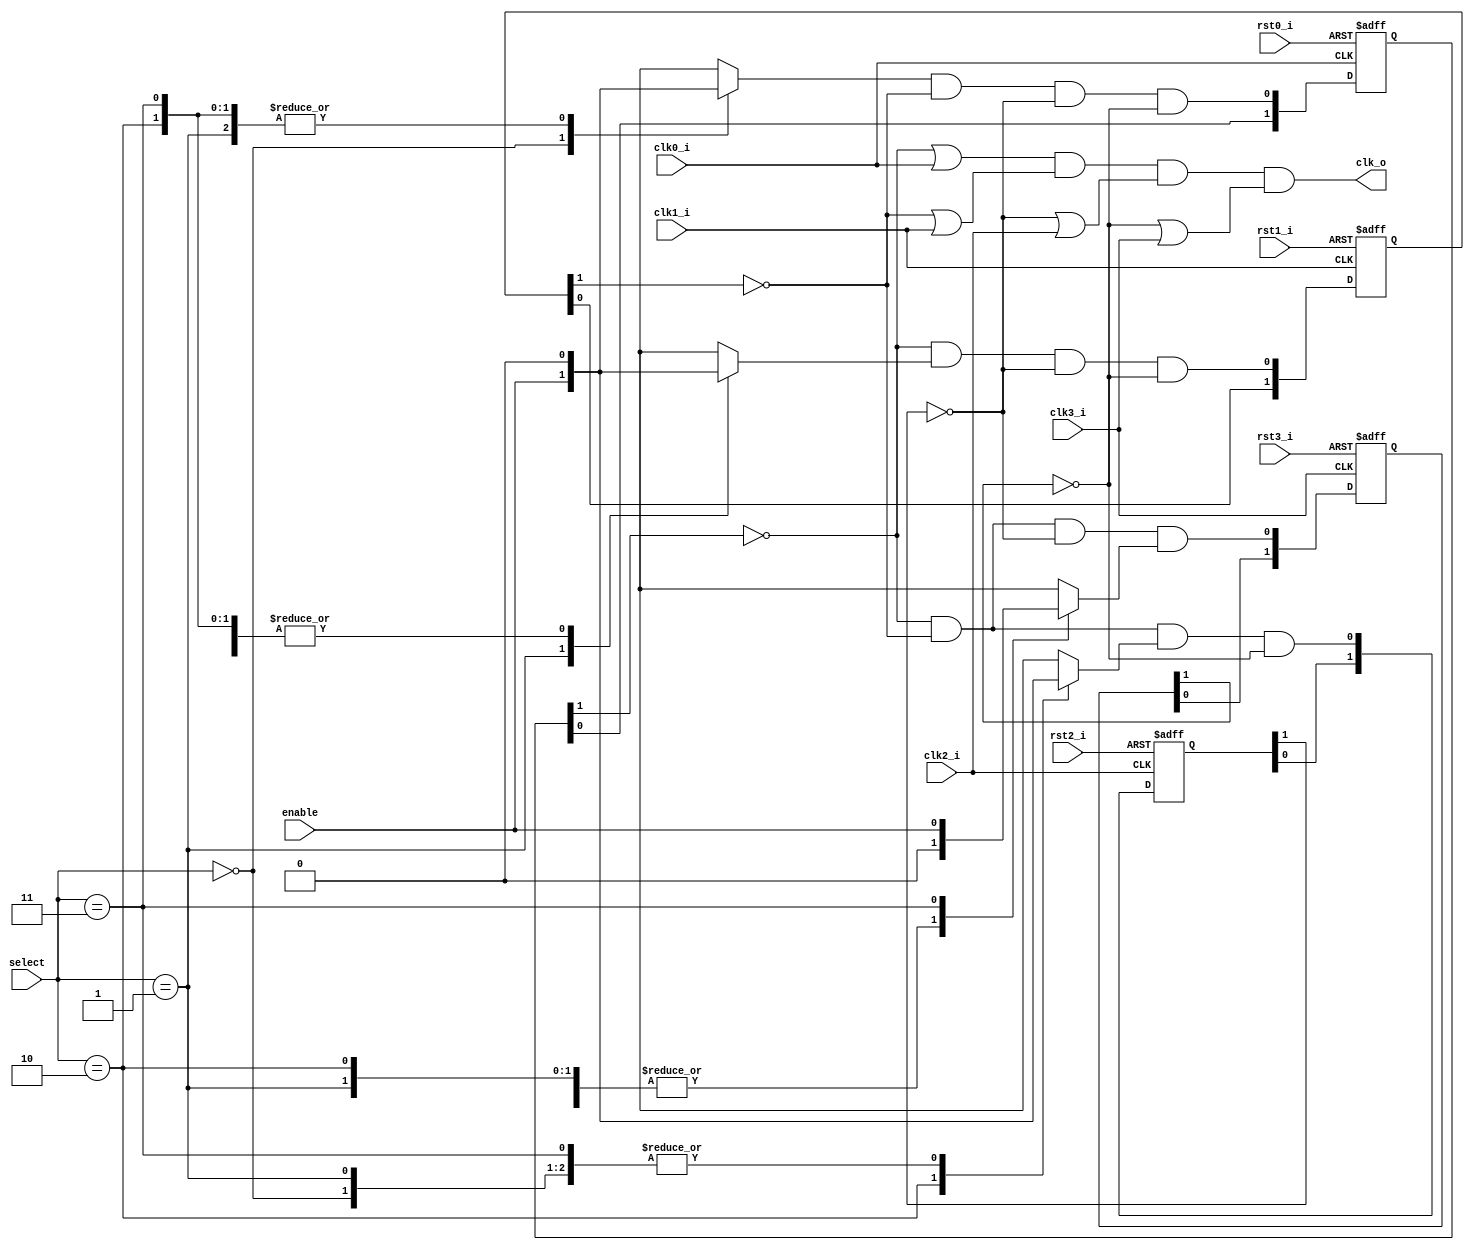
//////////////////////////////////////////////////////////////////////
////                                                              ////
//// clock_switch4_basic.v                                        ////
////                                                              ////
//// This file is part of the boundaries opencores effort.        ////
//// <http://www.opencores.org/cores/boundaries/>                 ////
////                                                              ////
//// Module Description:                                          ////
////                                                              ////
//// 1-of-4 glitchless clock switcher                             ////
////                                                              ////
//// The 4 clocks, enable, and select are assumed to be           ////
//// asynchronous.                                                ////
////                                                              ////
//// Selecting/deselecting a stopped clock is not handled.        ////
////                                                              ////
//// To Do:                                                       ////
//// Verify in silicon.                                           ////
////                                                              ////
//// Author(s):                                                   ////
//// - Shannon Hill                                               ////
//// (based on "Techniques to make clock switching glitch free"   ////
//// By Rafey Mahmud; EEdesign.com June 26, 2003)                 ////
////                                                              ////
//// http://www.eedesign.com/showArticle.jhtml?articleID=16501239 ////
////                                                              ////
//// (modified to use only positive edge flops; stall the output  ////
////  clock high).                                                ////
////                                                              ////
//////////////////////////////////////////////////////////////////////
////                                                              ////
//// Copyright (C) 2004 Shannon Hill and OPENCORES.ORG            ////
////                                                              ////
//// This source file may be used and distributed without         ////
//// restriction provided that this copyright statement is not    ////
//// removed from the file and that any derivative work contains  ////
//// the original copyright notice and the associated disclaimer. ////
////                                                              ////
//// This source file is free software; you can redistribute it   ////
//// and/or modify it under the terms of the GNU Lesser General   ////
//// Public License as published by the Free Software Foundation; ////
//// either version 2.1 of the License, or (at your option) any   ////
//// later version.                                               ////
////                                                              ////
//// This source is distributed in the hope that it will be       ////
//// useful, but WITHOUT ANY WARRANTY; without even the implied   ////
//// warranty of MERCHANTABILITY or FITNESS FOR A PARTICULAR      ////
//// PURPOSE. See the GNU Lesser General Public License for more  ////
//// details.                                                     ////
////                                                              ////
//// You should have received a copy of the GNU Lesser General    ////
//// Public License along with this source; if not, download it   ////
//// from <http://www.opencores.org/lgpl.shtml>                   ////
////                                                              ////
//////////////////////////////////////////////////////////////////////
//
// $Id: clock_switch4_basic.v,v 1.1 2004/07/07 12:41:17 esquehill Exp $
//
// CVS Revision History
//
// $Log: clock_switch4_basic.v,v $
// Revision 1.1  2004/07/07 12:41:17  esquehill
// Initial.
//
//
//
module clock_switch4_basic( /*AUTOARG*/
// Outputs
clk_o, 
// Inputs
rst0_i, clk0_i, rst1_i, clk1_i, rst2_i, clk2_i, rst3_i, clk3_i, 
enable, select
);

input        rst0_i;
input        clk0_i;
input        rst1_i;
input        clk1_i;
input        rst2_i;
input        clk2_i;
input        rst3_i;
input        clk3_i;
input        enable;   // start/stop clock
input  [1:0] select;   // select a source clock
output       clk_o;

reg    [1:0] ssync0;   // selection synchronizers...
reg    [1:0] ssync1;
reg    [1:0] ssync2;
reg    [1:0] ssync3;

reg    [3:0] decode;   // 1-of-4 decode

always @( select or enable )
begin
          decode    = 4'h0;
 case( select )
 2'b00:   decode[0] = enable;
 2'b01:   decode[1] = enable;
 2'b10:   decode[2] = enable;
 2'b11:   decode[3] = enable;
 default: decode    = 4'h0;
 endcase
end

always @( posedge clk0_i or posedge rst0_i )
if( rst0_i )
     ssync0 <=   2'b0;
else ssync0 <= { ssync0[0], ( decode[0] & ~ssync1[1] & ~ssync2[1] & ~ssync3[1] ) }; // async input

always @( posedge clk1_i or posedge rst1_i )
if( rst1_i )
     ssync1 <=   2'b0;
else ssync1 <= { ssync1[0], (~ssync0[1] &  decode[1] & ~ssync2[1] & ~ssync3[1] ) }; // async input

always @( posedge clk2_i or posedge rst2_i )
if( rst2_i )
     ssync2 <=   2'b0;
else ssync2 <= { ssync2[0], (~ssync0[1] & ~ssync1[1] &  decode[2] & ~ssync3[1] ) }; // async input

always @( posedge clk3_i or posedge rst3_i )
if( rst3_i )
     ssync3 <=   2'b0;
else ssync3 <= { ssync3[0], (~ssync0[1] & ~ssync1[1] & ~ssync2[1] &  decode[3] ) }; // async input

wire gclk0 = ~ssync0[1] | clk0_i; // forced high when not selected
wire gclk1 = ~ssync1[1] | clk1_i; // forced high when not selected
wire gclk2 = ~ssync2[1] | clk2_i; // forced high when not selected
wire gclk3 = ~ssync3[1] | clk3_i; // forced high when not selected

wire clk_o =  gclk0 & gclk1 & gclk2 & gclk3; // clock stalls high

endmodule